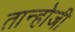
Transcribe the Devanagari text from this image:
तान्होजी